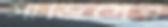
সার্ভিসের